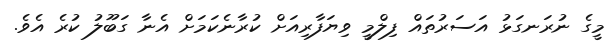
މީގެ ނުރަނގަޅު އަސަރުތައް ފިލްމީ ވިޔަފާރިއަށް ކުރާނެކަމަށް އެނާ ގަބޫލު ކުރެ އެވެ.